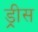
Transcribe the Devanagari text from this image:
ड्रीस